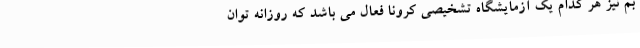
بم نیز هر کدام یک آزمایشگاه تشخیصی کرونا فعال می باشد که روزانه توان